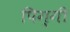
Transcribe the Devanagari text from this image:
पिग्गी